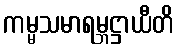
ကမ္မသမာရမ္ဘဋ္ဌာယီတိ